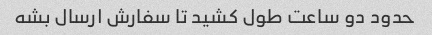
حدود دو ساعت طول کشید تا سفارش ارسال بشه